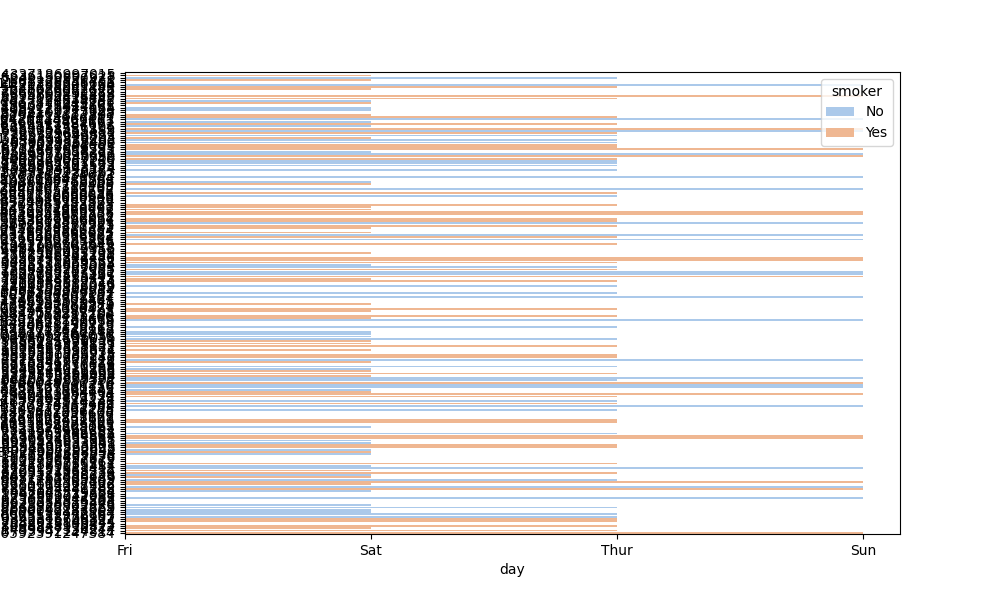
python, seaborn, barplot, hue='smoker', palette='pastel', ci=None, orient='h'